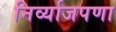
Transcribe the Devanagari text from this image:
निर्व्याजपणा